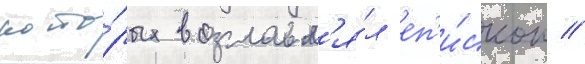
кото́рых возглавл'я́л еп'и́скоп //